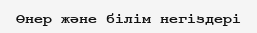
Өнер және білім негіздері